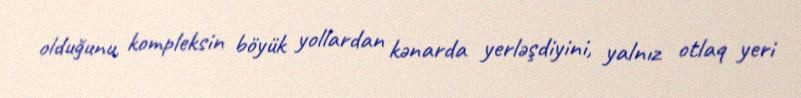
olduğunu, kompleksin böyük yollardan kənarda yerləşdiyini, yalnız otlaq yeri